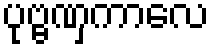
ပုဗ္ဗဏှကာလေ